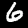
Digit: 6